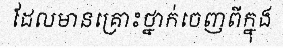
ដែលមានគ្រោះថ្នាក់ចេញពីក្នុង